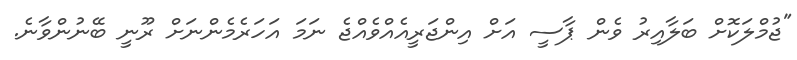
"ޖުމްލަކޮށް ބަލާއިރު ވެން ޕާސީ އަށް އިންޖަރީއެއްވެއްޖެ ނަމަ އަހަރެމެންނަށް ރޫނީ ބޭނުންވާނެ.